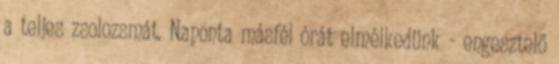
a teljes zsolozsmát. Naponta másfél órát elmélkedünk - engesztelő